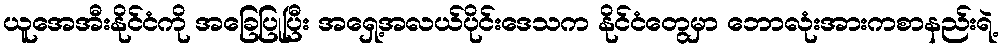
ယူအေအီးနိုင်ငံကို အခြေပြုပြီး အရှေ့အလယ်ပိုင်းဒေသက နိုင်ငံတွေမှာ ဘောလုံးအားကစာနည်းရဲ့